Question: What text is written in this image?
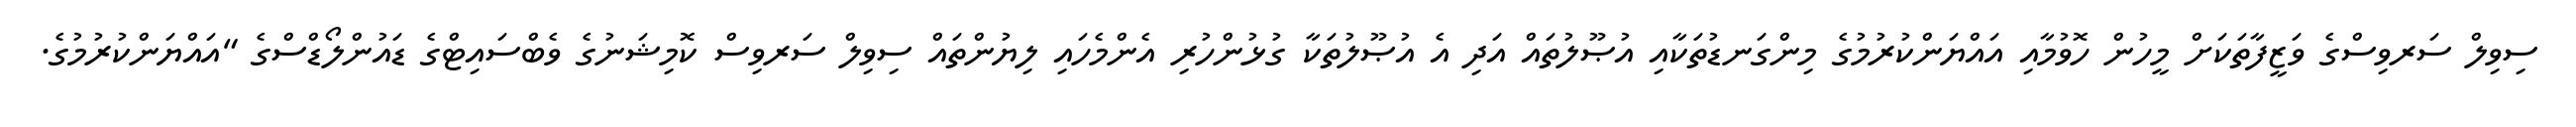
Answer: ސިވިލް ސަރވިސްގެ ވަޒީފާތަކަށް މީހުން ހޮވުމާއި އައްޔަންކުރުމުގެ މިންގަނޑުތަކާއި އުޞޫލުތައް އަދި އެ އުޞޫލުތަކާ ގުޅުންހުރި އެންމެހައި ލިޔުންތައް ސިވިލް ސަރވިސް ކޮމިޝަނުގެ ވެބްސައިޓްގެ ޑައުންލޯޑްސްގެ "އައްޔަންކުރުމުގެ.